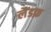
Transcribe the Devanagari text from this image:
लैंडफ़